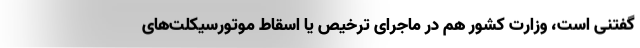
گفتنی است، وزارت کشور هم در ماجرای ترخیص یا اسقاط موتورسیکلت‌های